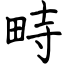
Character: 畤